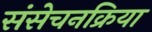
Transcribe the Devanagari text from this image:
संसेचनक्रिया